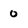
Character: o